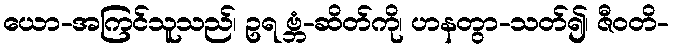
ယော-အကြင်သူသည်၊ ဥရ ဗ္ဘံ-ဆိတ်ကို၊ ဟနတွာ-သတ်၍၊ ဇီဝတိ-